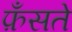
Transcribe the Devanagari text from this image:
फ़ँसते